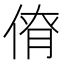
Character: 𠋚